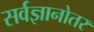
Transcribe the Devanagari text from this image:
सर्वज्ञानोतर